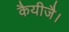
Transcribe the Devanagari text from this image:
कैयीजै।